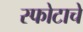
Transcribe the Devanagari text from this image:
स्फोटाचे